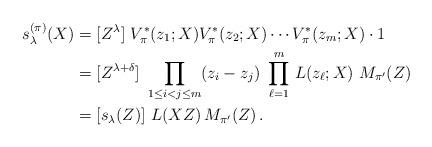
LaTeX: \begin{align*} s^{(\pi)}_\lambda(X) &= [Z^\lambda]\ V^*_\pi(z_1;X) V^*_\pi(z_2;X) \cdots V^*_\pi(z_m;X)\cdot 1 \cr &= [Z^{\lambda+\delta}]\ \prod_{1\le i<j\le m} (z_i-z_j)\ \prod_{\ell=1}^m\, L(z_\ell;X)\ M_{\pi'}(Z) \cr&= [s_\lambda(Z)] \ L(XZ)\,M_{\pi'}(Z) \,.\end{align*}